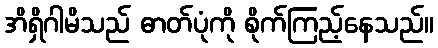
အိရှိဂါမိသည် ဓာတ်ပုံကို စိုက်ကြည့်နေသည်။